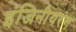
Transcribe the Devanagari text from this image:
इंजिनीयरंग